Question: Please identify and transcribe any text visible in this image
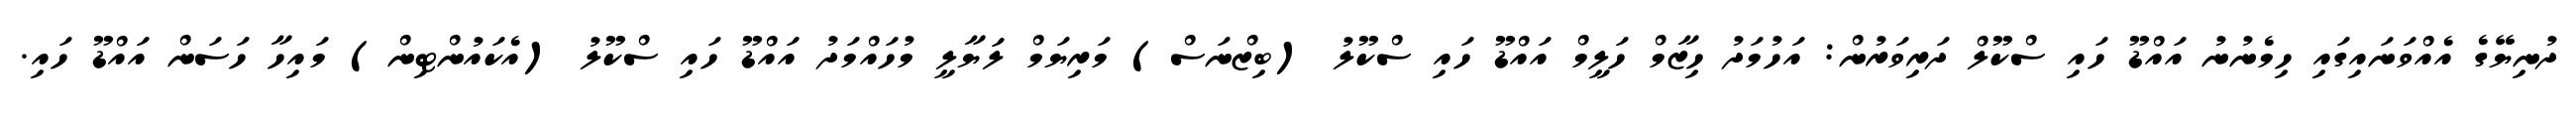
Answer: ދުނިޔޭގެ އެއްވަނައިގައި ހިމެނުނު އައްޑޫ ހައި ސްކޫލް ދަރިވަރުން: އަހުމަދު ހިޒާމް ހަލީމް އައްޑޫ ހައި ސްކޫލު (ބިޒްނަސް) މަރިޔަމް ލަޔާލީ މުހައްމަދު އައްޑޫ ހައި ސްކޫލު (އެކައުންޓިން) މައިހާ ހަސަން އައްޑޫ ހައި.